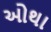
ઓથા